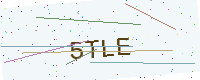
Text: 5TLE